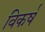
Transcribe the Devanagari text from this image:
विकर्ष